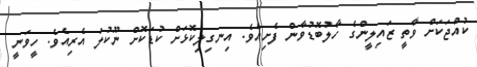
ކުއްޖަކަށް ވާތީ ޒައިލީންގެ ހާލުބޮޑުވާން ފެށިއެވެ. އިނގިލިކޮޅަށް ކުޑަކޮށް ނޫކުލަ އެރިއެވެ. ހީވަނީ